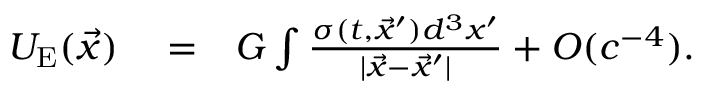
\begin{array} { r l r } { U _ { \mathrm { E } } ( \vec { x } ) } & { { } = } & { G \int \frac { \sigma ( t , { \vec { x } ^ { \prime } } ) d ^ { 3 } x ^ { \prime } } { | { \vec { x } } - { \vec { x } ^ { \prime } } | } + { \cal O } ( c ^ { - 4 } ) . } \end{array}